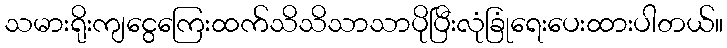
သမားရိုးကျငွေကြေးထက်သိသိသာသာပိုပြီးလုံခြုံရေးပေးထားပါတယ်။